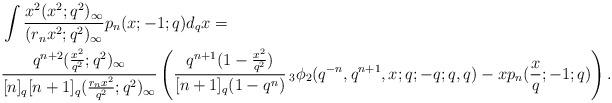
LaTeX: \begin{align*} &\int \frac{x^2 (x^2;q^2)_\infty}{(r_n x^2;q^2)_\infty} p_n(x;-1;q) d_qx=\\& \frac{q^{n+2}(\frac{x^2}{q^2};q^2)_\infty}{[n]_q[n+1]_q(\frac{r_nx^2}{q^2};q^2)_\infty}\left( \frac{q^{n+1}(1-\frac{x^2}{q^2})}{[n+1]_q(1-q^n)}\,_3\phi_2 ( q^{-n} , q^{n+1},x;q;-q;q,q)-x p_n(\frac{x}{q};-1;q)\right). \end{align*}